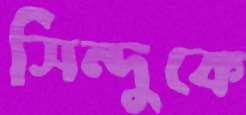
সিন্দুকে